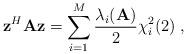
LaTeX: \begin{align*}\mathbf{z}^H\mathbf{A}\mathbf{z}=\sum_{i=1}^M \frac{\lambda_i(\mathbf{A})}{2} \chi_{i}^2(2)\;,\end{align*}